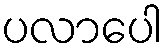
ပလာပေါ